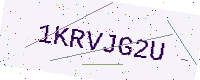
Text: 1KRVJG2U